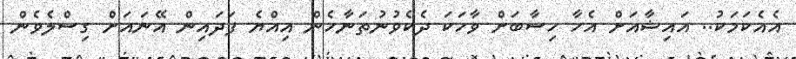
އެއެކަމަކު.. އައިޝާއަށް އެހާ ހިސާބަށް ވާހަކަ ދެކެވުނުތަނާހެން އިއްޔެ ފަދައިން އޭނައަށް ގިސްލެވެން